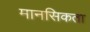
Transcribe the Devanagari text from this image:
मानसिकता